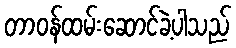
တာဝန်ထမ်းဆောင်ခဲ့ပါသည်